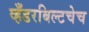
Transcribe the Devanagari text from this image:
व्हँडरबिल्टचेच